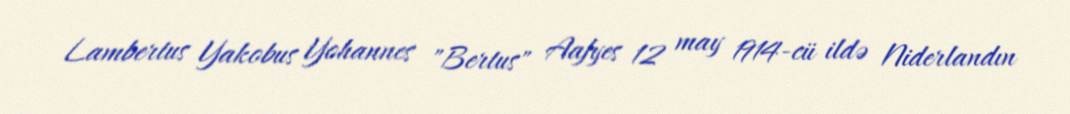
Lambertus Yakobus Yohannes "Bertus" Aafyes 12 may 1914-cü ildə Niderlandın